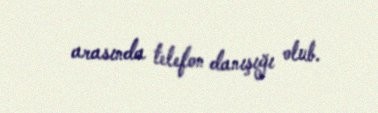
arasında telefon danışığı olub.